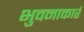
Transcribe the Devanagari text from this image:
भुवनाकारं